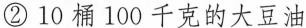
②10桶100千克的大豆油